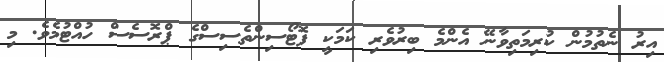
އިރު ނެތުމުން ކުރިމަތިވާނޭ އެންމެ ބިރުވެރި ކަމަކީ ފޮޓޯސިންތެސިސްގެ ޕްރޮސެސް ހުއްޓުމެވެ. މި